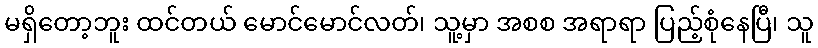
မရှိတော့ဘူး ထင်တယ် မောင်မောင်လတ်၊ သူ့မှာ အစစ အရာရာ ပြည့်စုံနေပြီ၊ သူ